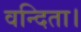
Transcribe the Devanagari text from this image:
वन्दिता।